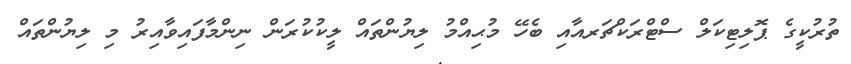
ތުރުކީގެ ޕޮލިޓިކަލް ސްޓްރަކްޗަރއާއި ބެހޭ މުޙިއްމު ލިޔުންތައް ލީކުކުރަން ނިންމާފައިވާއިރު މި ލިޔުންތައް